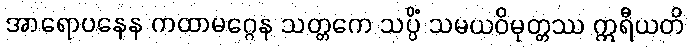
အာရောပနေန ကထာမဂ္ဂေန သတ္တကေ သပ္ပိံ သမယဝိမုတ္တဿ ဣရီယတိ